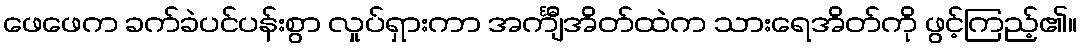
ဖေဖေက ခက်ခဲပင်ပန်းစွာ လှုပ်ရှားကာ အင်္ကျီအိတ်ထဲက သားရေအိတ်ကို ဖွင့်ကြည့်၏။